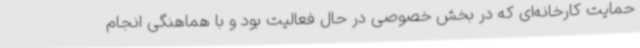
حمایت کارخانه‌ای که در بخش خصوصی در حال فعالیت بود و با هماهنگی انجام